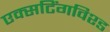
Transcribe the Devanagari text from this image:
एक्सटिंगविश्ड